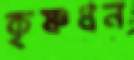
কৃষ্ণধন